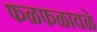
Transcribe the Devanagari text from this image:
फळफळावळे